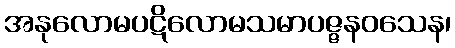
အနုလောမပဋိလောမသမာပဇ္ဇနဝသေန၊